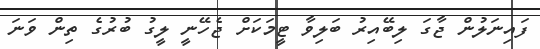
ފައިނަލުން ޖާގަ ލިބޭއިރު ބަލިވާ ޓީމަކަށް ޖެހޭނީ ލީގު ބުރުގެ ތިން ވަނަ